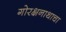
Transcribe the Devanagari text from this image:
गोरक्षनाथाचा